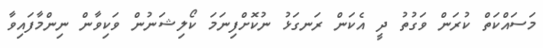
މަސައްކަތް ކުރަން ވަގުތު ދީ އެކަން ރަނގަޅު ނުކޮށްފިނަމަ ކޯލިޝަނުން ވަކިވާން ނިންމާފައިވާ